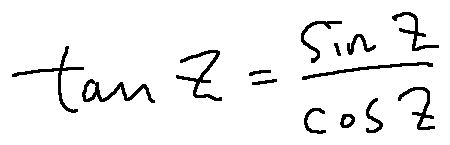
\tan z = \frac { \sin z } { \cos z }